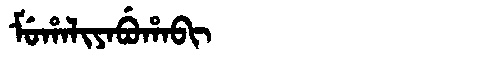
Manchu: ᠮᡠᡥᠠᠯᡳᠶᠠᠪᡠᡥᠠᠪᡳ
Romanization: MUHALIYABUHABI